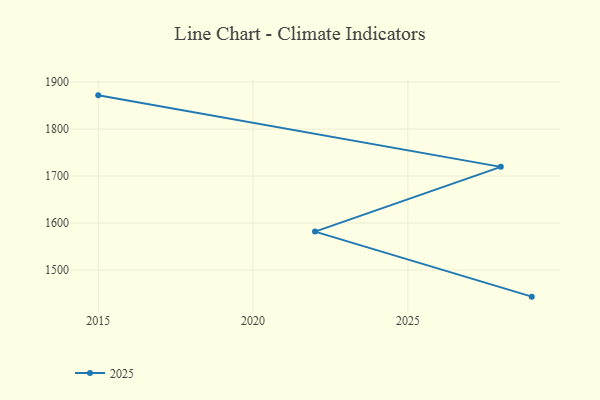
{"axis": {"x": "Year", "y": "Latency (ms)"}, "legend": ["2025"], "data": [{"x": "2015", "y": 1871.8, "type": "2025"}, {"x": "2028", "y": 1719.6, "type": "2025"}, {"x": "2022", "y": 1581.8, "type": "2025"}, {"x": "2029", "y": 1443.4, "type": "2025"}]}